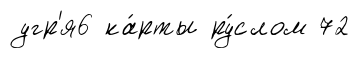
угр'я6 ка́рты ру́слом 72